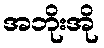
အဘိုးအို